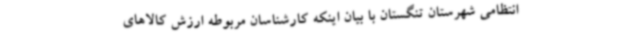
انتظامی شهرستان تنگستان با بیان اینکه کارشناسان مربوطه ارزش کالاهای